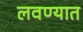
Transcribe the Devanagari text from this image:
लवण्यात